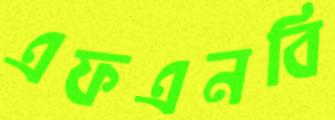
এফএনবি